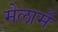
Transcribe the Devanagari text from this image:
मेलार्मे